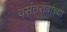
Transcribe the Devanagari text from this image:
वसंतरावांच्‍या